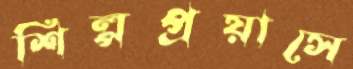
শিল্পপ্রয়াসে